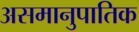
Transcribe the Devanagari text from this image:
असमानुपातिक